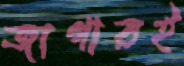
জাগারই